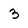
Character: 3